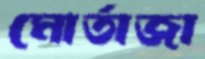
মোর্তাজা